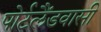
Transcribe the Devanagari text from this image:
पोर्टलैंडवासी